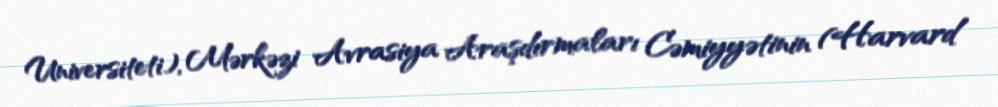
Universiteti), Mərkəzi Avrasiya Araşdırmaları Cəmiyyətinin (Harvard